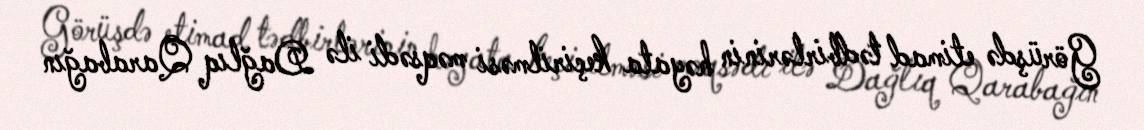
Görüşdə etimad tədbirlərinin həyata keçirilməsi məqsədi ilə Dağlıq Qarabağın